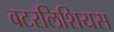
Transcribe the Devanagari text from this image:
बटरलिशियस